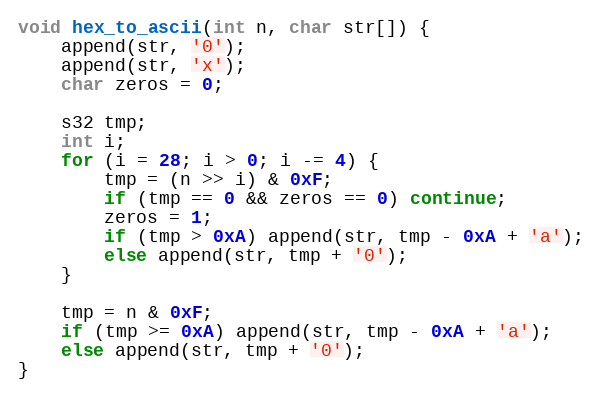
Language: C
void hex_to_ascii(int n, char str[]) {
    append(str, '0');
    append(str, 'x');
    char zeros = 0;

    s32 tmp;
    int i;
    for (i = 28; i > 0; i -= 4) {
        tmp = (n >> i) & 0xF;
        if (tmp == 0 && zeros == 0) continue;
        zeros = 1;
        if (tmp > 0xA) append(str, tmp - 0xA + 'a');
        else append(str, tmp + '0');
    }

    tmp = n & 0xF;
    if (tmp >= 0xA) append(str, tmp - 0xA + 'a');
    else append(str, tmp + '0');
}